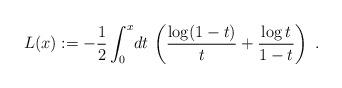
LaTeX: \begin{align*}L(x):=-\frac{1}{2}\int_0^x \! dt\, \left( \frac{\log(1-t)}{t} + \frac{\log t}{1-t} \right) \ . \end{align*}